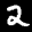
Label: 2